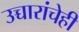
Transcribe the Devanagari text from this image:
उच्चारांचेही